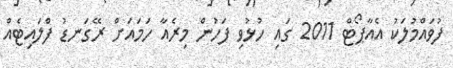
ފުވައްމުލަކު އެއާޕޯޓް 2011 ގައި ހުޅުވި ފަހުން މިރެއާ ހަމައަށް ރޭގަނޑު ފްލައިޓެއް